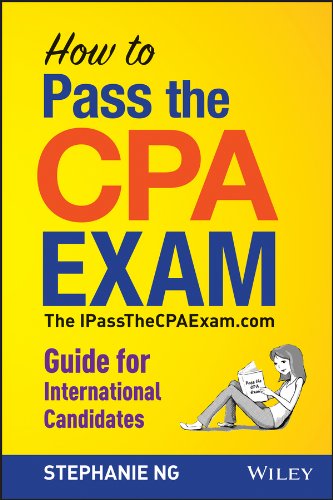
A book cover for How To Pass The CPA Exam: The IPassTheCPAExam.com Guide for International Candidates; Stephanie Ng; Test Preparation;